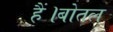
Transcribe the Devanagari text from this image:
हैं।बोतल